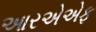
આરએએફ